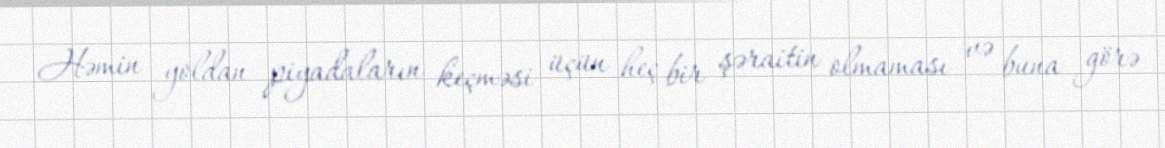
Həmin yoldan piyadaların keçməsi üçün heç bir şəraitin olmaması və buna görə